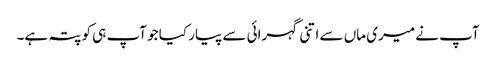
آپ نے میری ماں سے اتنی گہرائی سے پیار کیا جو آپ ہی کو پتہ ہے۔